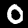
Label: 0